Annual report of the Punjab Veterinary College and of the Civil Veterinary Department, Punjab - 1926-1932
Year: 1926
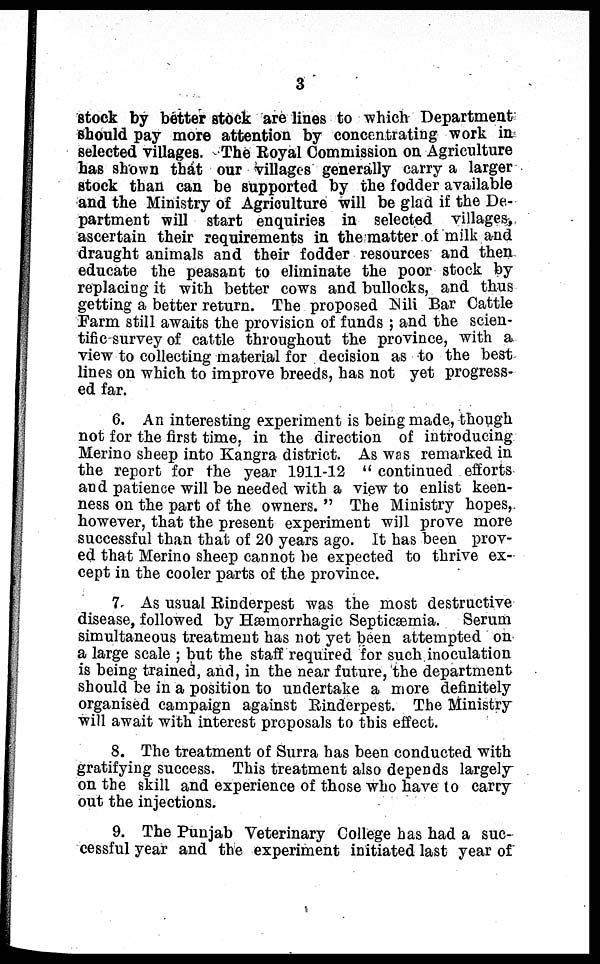
3
stock by better stock are lines to which Department
should pay more attention by concentrating work in
selected villages. The Royal Commission on Agriculture
has shown that our villages generally carry a larger
stock than can be supported by the fodder available
and the Ministry of Agriculture will be glad if the De-
partment will start enquiries in selected villages,
ascertain their requirements in the matter of milk and
draught animals and their fodder resources and then
educate the peasant to eliminate the poor stock by
replacing it with better cows and bullocks, and thus
getting a better return. The proposed Nili Bar Cattle
Farm still awaits the provision of funds; and the scien-
tific survey of cattle throughout the province, with a
view to collecting material for decision as to the best
lines on which to improve breeds, has not yet progress-
ed far.
6. An interesting experiment is being made, though
not for the first time, in the direction of introducing
Merino sheep into Kangra district. As was remarked in
the report for the year 1911-12 "continued efforts
and patience will be needed with a view to enlist keen-
ness on the part of the owners." The Ministry hopes,
however, that the present experiment will prove more
successful than that of 20 years ago. It has been prov-
ed that Merino sheep cannot be expected to thrive ex-
cept in the cooler parts of the province.
7. As usual Rinderpest was the most destructive
disease, followed by Hæmorrhagic Septicæmia. Serum
simultaneous treatment has not yet been attempted on
a large scale; but the staff required for such inoculation
is being trained, and, in the near future, the department
should be in a position to undertake a more definitely
organised campaign against Rinderpest. The Ministry
will await with interest proposals to this effect.
8. The treatment of Surra has been conducted with
gratifying success. This treatment also depends largely
on the skill and experience of those who have to carry
out the injections.
9. The Punjab Veterinary College has had a suc-
cessful year and the experiment initiated last year of